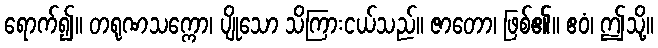
ရောက်၍။ တရုဏသက္ကော၊ ပျိုသော သိကြားငယ်သည်။ ဇာတော၊ ဖြစ်၏။ ဧဝံ၊ ဤသို့။